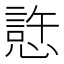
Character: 𰒊